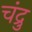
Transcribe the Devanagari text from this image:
चंद्रु